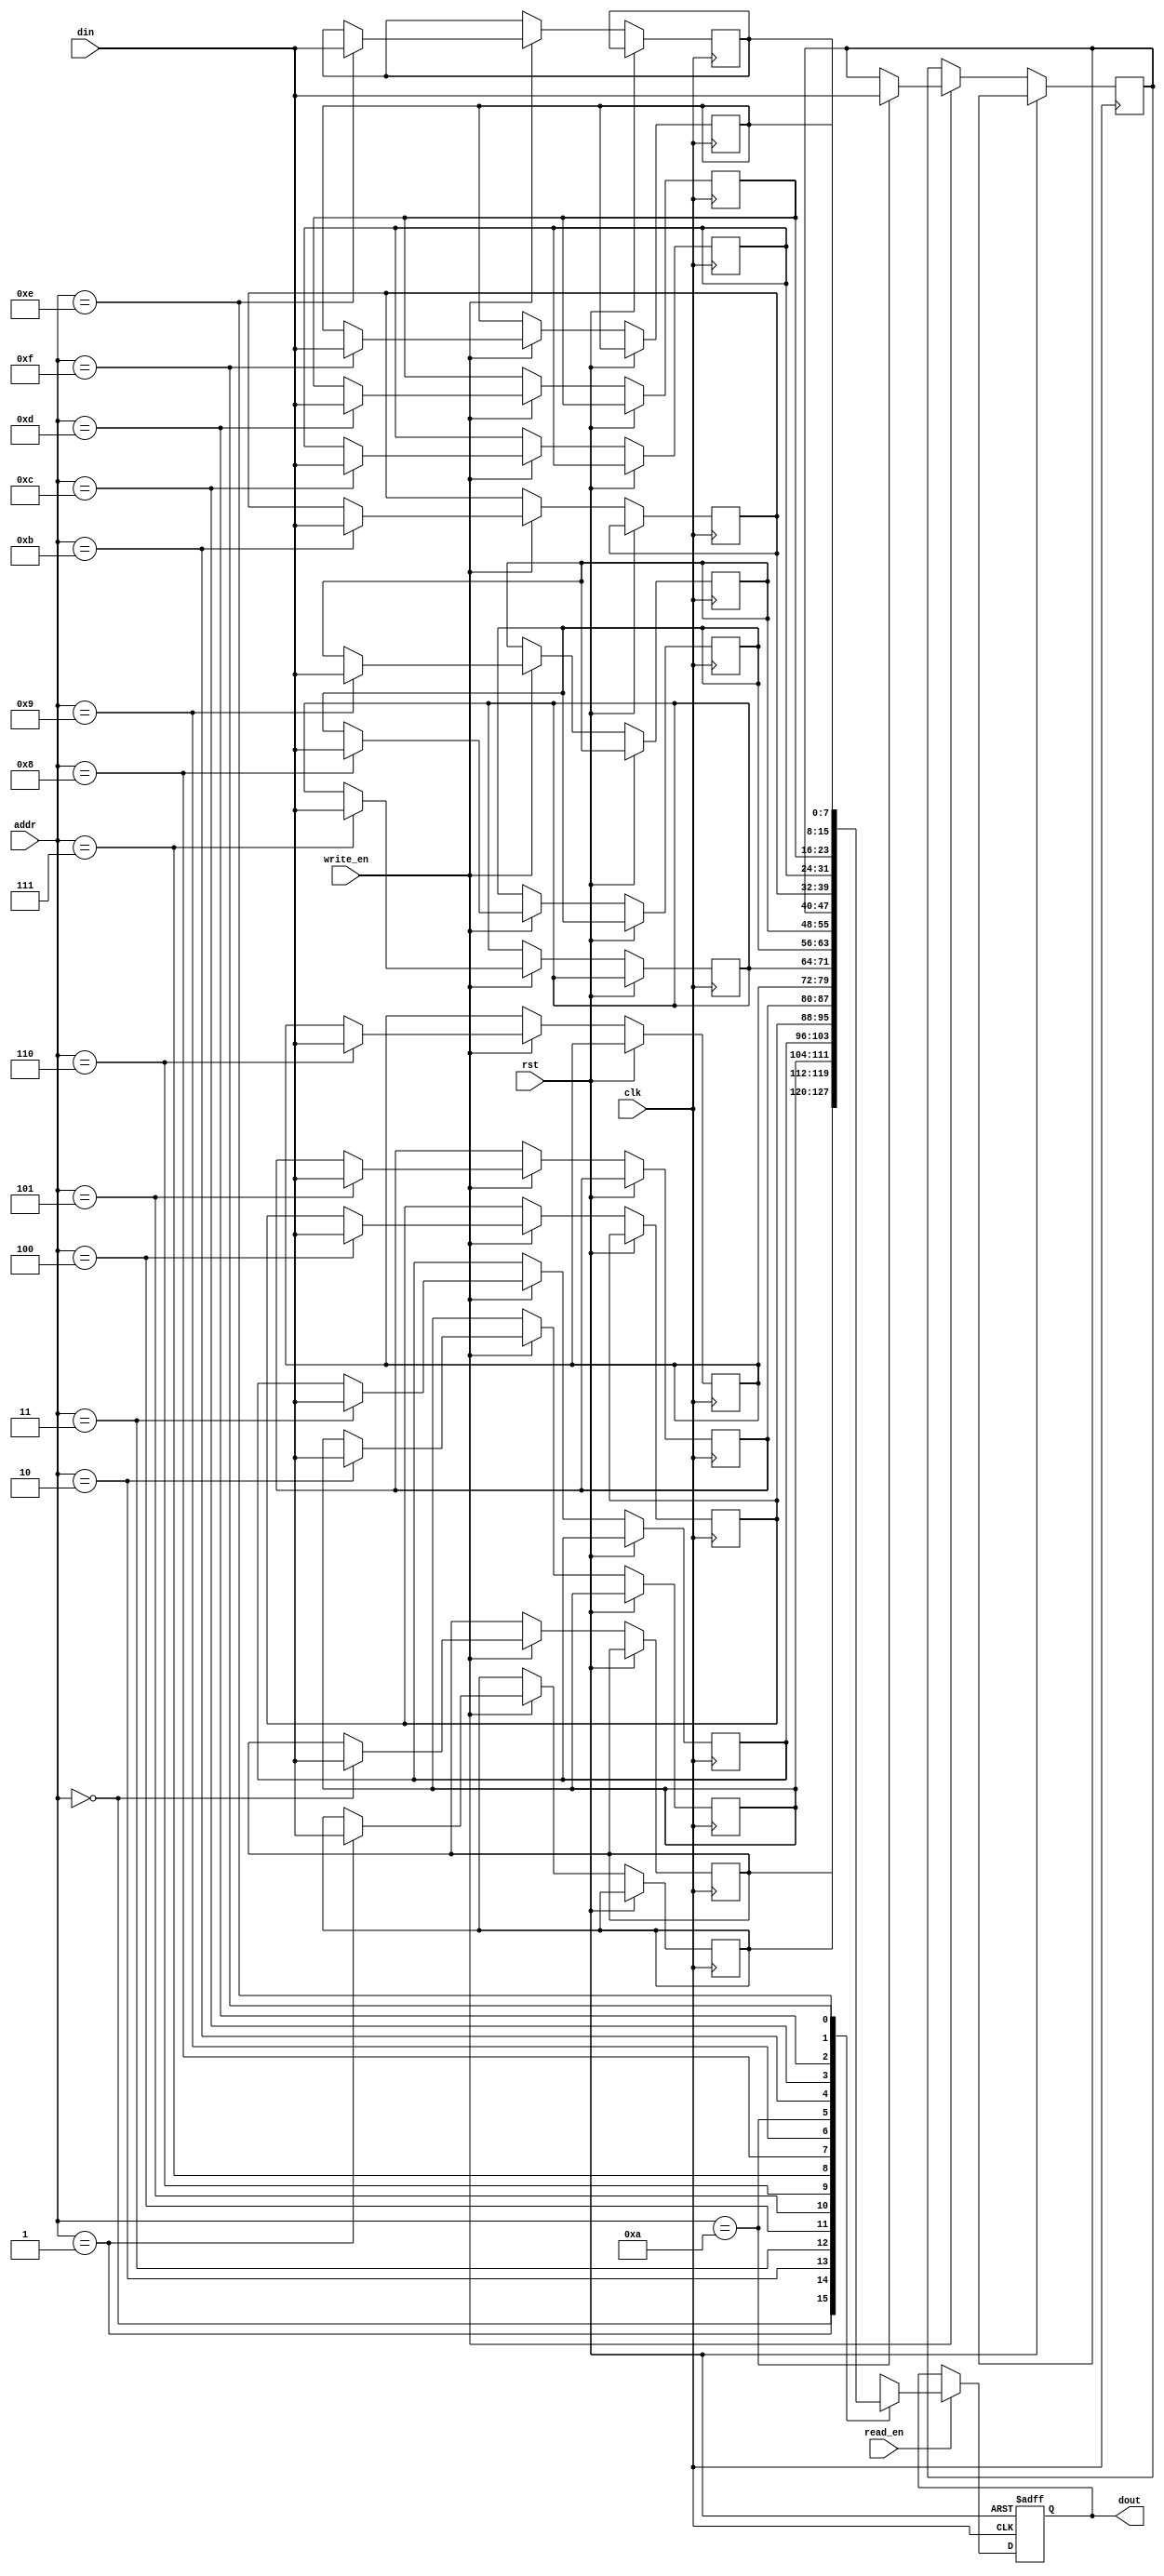
module memory_block (
    input wire clk,                // Clock signal for memory block
    input wire rst,                // Reset signal
    input wire [DATA_WIDTH-1:0] din,  // Data input for writing
    input wire write_en,           // Write enable signal
    input wire read_en,            // Read enable signal
    input wire [ADDR_WIDTH-1:0] addr, // Address for memory access
    output reg [DATA_WIDTH-1:0] dout // Data output for reading
);

    parameter DATA_WIDTH = 8;      // Data width
    parameter ADDR_WIDTH = 4;      // Address width
    parameter MEM_DEPTH = 1 << ADDR_WIDTH; // Memory depth

    reg [DATA_WIDTH-1:0] memory [0:MEM_DEPTH-1]; // Memory array

    always @(posedge clk or posedge rst) begin
        if (rst) begin
            // Initialize memory or reset logic can be implemented here if needed
            dout <= 0;
        end else begin
            if (write_en) begin
                memory[addr] <= din; // Write data to memory
            end
            if (read_en) begin
                dout <= memory[addr]; // Read data from memory
            end
        end
    end

endmodule